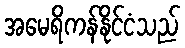
အမေရိကန်နိုင်ငံသည်